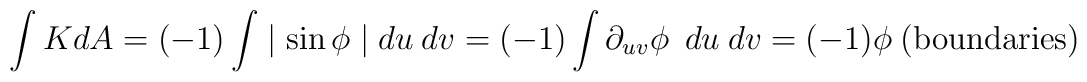
\int K dA=(-1)\int \mid \sin \phi \mid du\hspace{0.1cm} dv=(-1) \int \partial_{uv} \phi\hspace{0.2cm} du\hspace{0.1cm} dv=(-1) \phi\hspace{0.1cm} \textrm{(boundaries)}